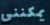
يمكنني